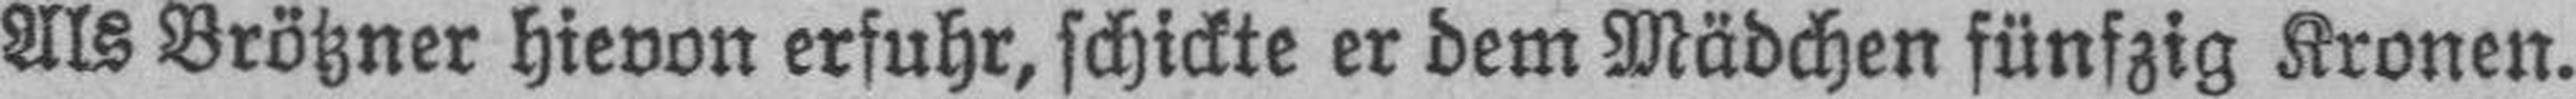
Als Brötzner hievon erfuhr, schickte er dem Mädchen fünfzig Kronen.